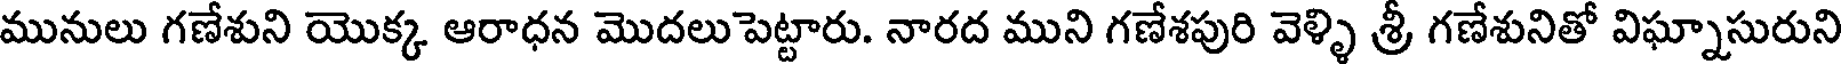
మునులు గణేశుని యొక్క ఆరాధన మొదలు పెట్టారు. నారద ముని గణేశపురి వెళ్ళి శ్రీ గణేశునితో విఘ్నాసురుని